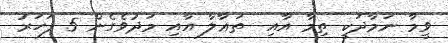
ވީމާ ނަމާދަކީ ތިމާ އާއި  ތަޢާލާ އާއި މަދުވެގެން 5 ފަހަރު